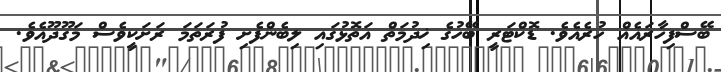
ބޭސްފިހާރައެއް ހުރެއެވެ. ޑޮކްޓަރީ ބޭހުގެ ޚިދުމަތް އަތޮޅުގައި ލިބެންފެށި ފުރަތަމަ ރަށަކީވެސް މަގޫދޫއެވެ.